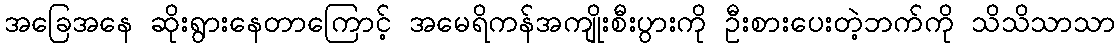
အခြေအနေ ဆိုးရွားနေတာကြောင့် အမေရိကန်အကျိုးစီးပွားကို ဦးစားပေးတဲ့ဘက်ကို သိသိသာသာ